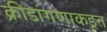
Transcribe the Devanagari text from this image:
क्रीडांगणाकडून